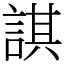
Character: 諆